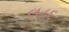
લહદ